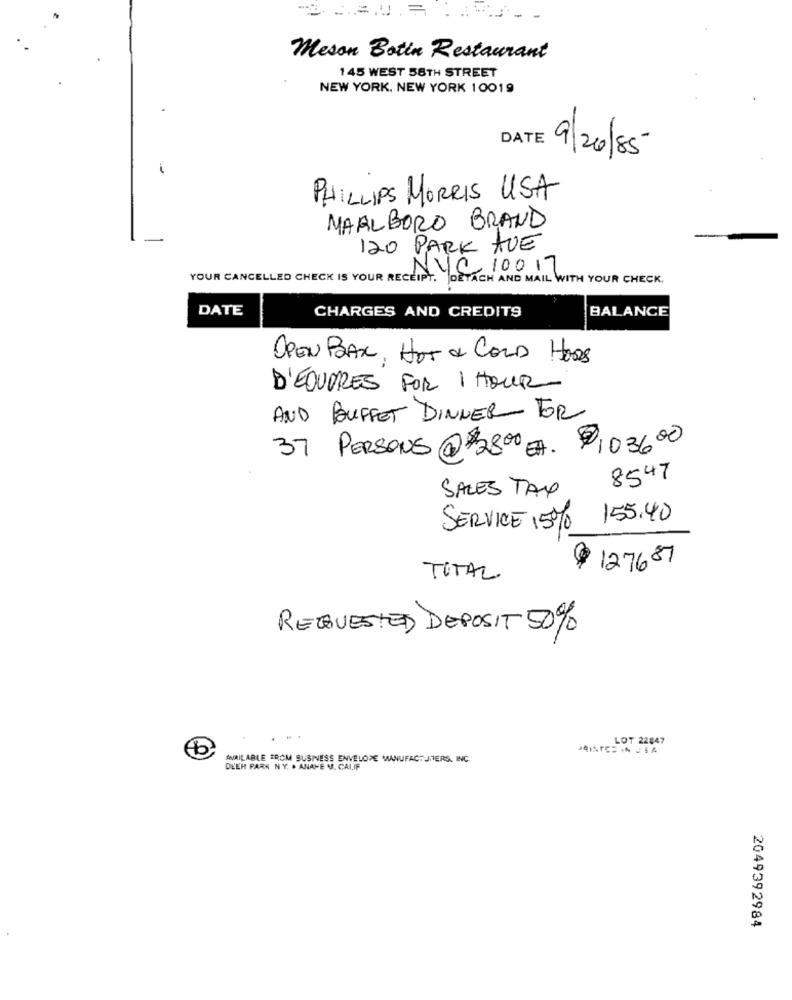
Meson Botin Restaurant
145 WEST 58TH STREET
NEW YORK, NEW YORK 10019
DATE 9/20/85
PHILLIPS MORRIS USA
MARLBORO BRAND
120 PARK AVE
Nye 10017
YOUR CANCELLED CHECK IS YOUR RECEIPT. DETACH AND MAIL WITH YOUR CHECK.
DATE
BALANCE
CHARGES AND CREDITS
OPEN BAR, HOT & COLD HORS
D'EQUIRES FOR 1 HOUR
AND BUFFET DINNER FOR
37 PERSONS @ $2800 EA. $1036.00
8547
SALES TAX
SERVICE 15% 155.40
127687
TOTAL
REQUESTED DEPOSIT 50%
LOT 22847
AVAILABLE FROM BUSINESS ENVELOPE MANUFACTURERS, INC
DEER PARK NY. . ANAHE V. CALIF
2049392984